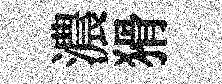
濃猾